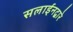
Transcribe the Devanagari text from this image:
सलाईनद्वारे